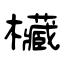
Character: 欌